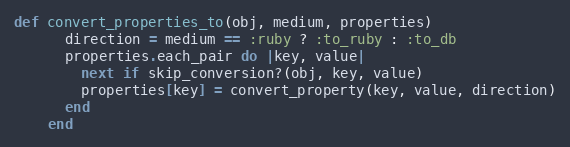
Language: Ruby
def convert_properties_to(obj, medium, properties)
      direction = medium == :ruby ? :to_ruby : :to_db
      properties.each_pair do |key, value|
        next if skip_conversion?(obj, key, value)
        properties[key] = convert_property(key, value, direction)
      end
    end